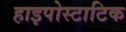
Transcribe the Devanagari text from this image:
हाइपोस्टाटिक